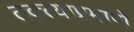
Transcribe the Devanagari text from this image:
तक्त्याप्रमाणे